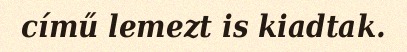
című lemezt is kiadtak.